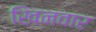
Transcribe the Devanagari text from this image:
खिनवार